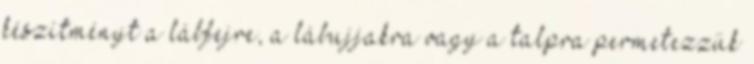
készítményt a lábfejre, a lábujjakra vagy a talpra permetezzük